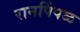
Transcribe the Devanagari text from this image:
रानपिंपळ